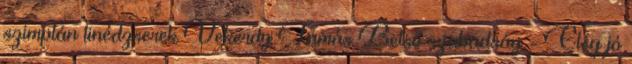
szimplán tinédzserek Vekerdy Tamás Belső szabadság - Elég jó